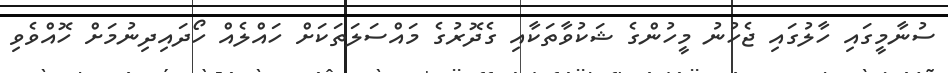
ސުނާމީގައި ހާލުގައި ޖެހުނު މީހުންގެ ޝަކުވާތަކާއި ގެދޮރުގެ މައްސަލަތަކަށް ހައްލެއް ހޯދައިދިނުމަށް ހޮއްވެވި